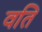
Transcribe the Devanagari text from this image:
वति